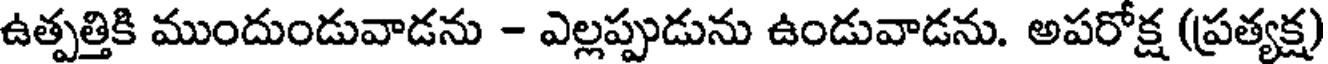
ఉత్పత్తికి ముందుండువాడను - ఎల్లప్పుడును ఉండువాడను. అపరోక్ష (ప్రత్యక్ష